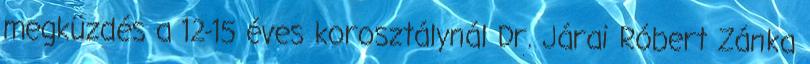
megküzdés a 12-15 éves korosztálynál Dr. Járai Róbert Zánka